Trukikaitis_Postimees, lk 82
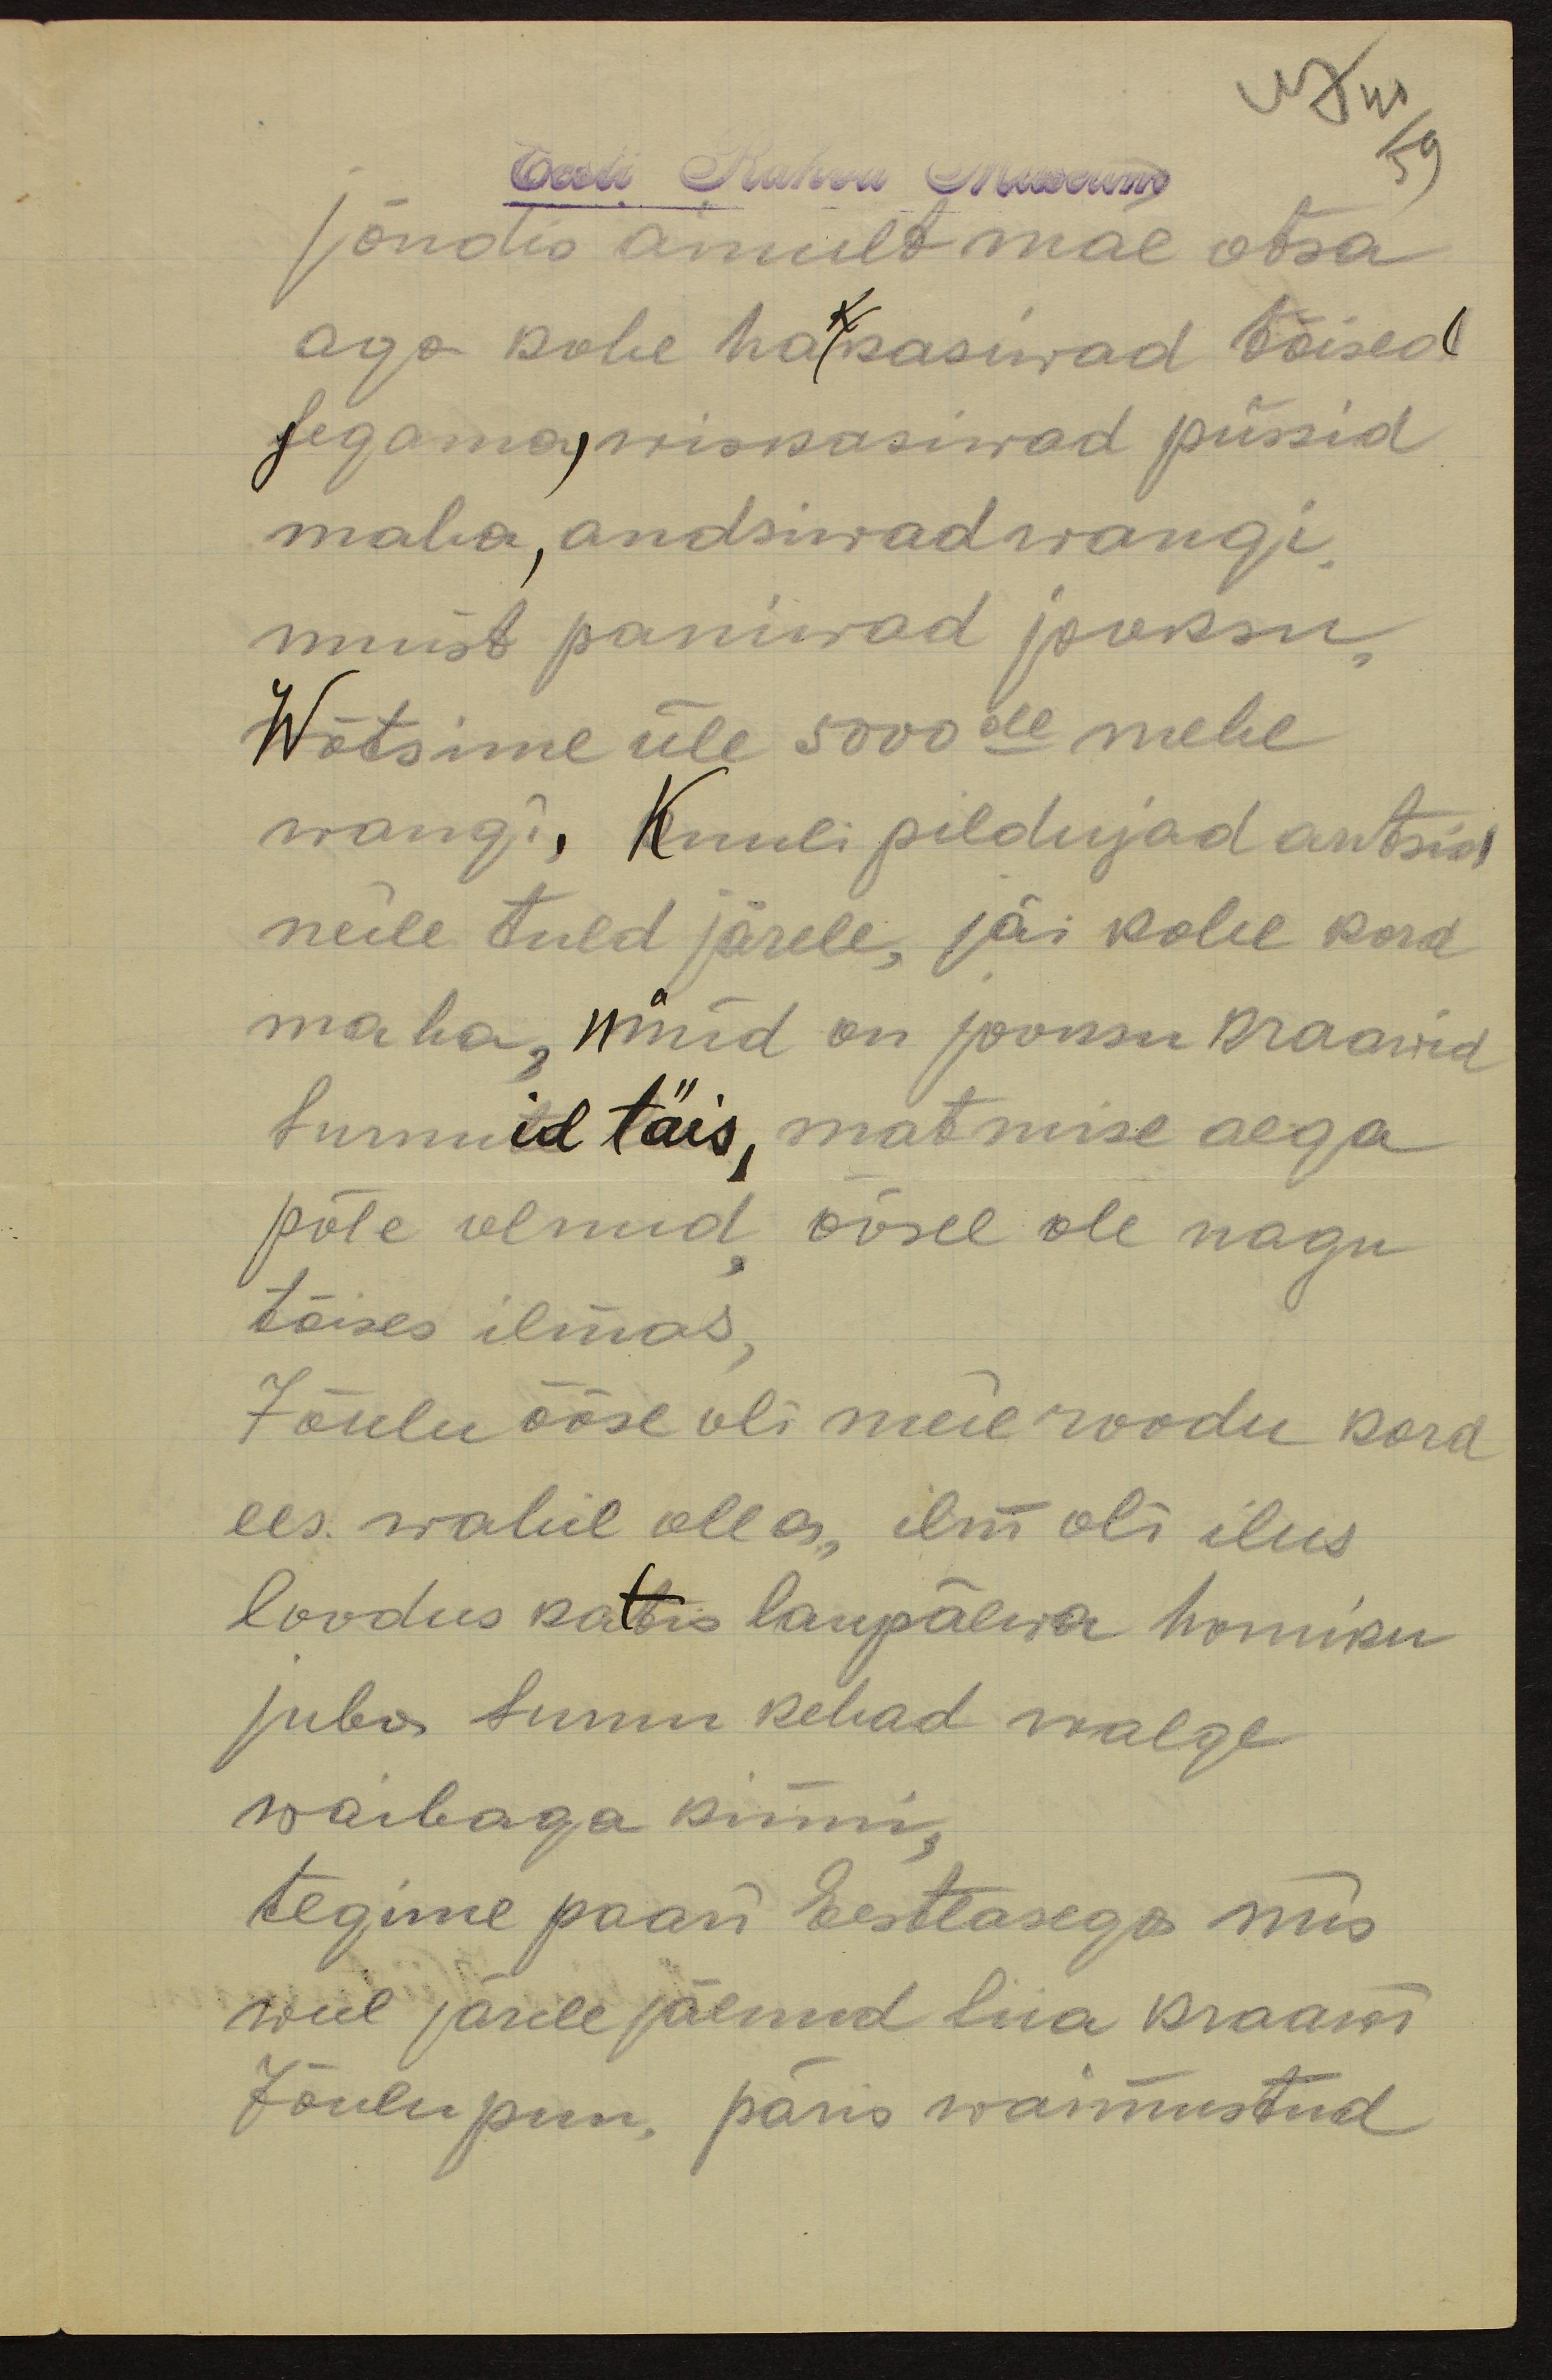
Eesti Rahva Museum
jõudis ainult mäe otsa
aga kohe hakkasiwad tõised
segama, wiskasiwad püssid
maha, andsiwad wangi
muist paniwad jooksu
Wõtsime üle 5000de mehe
wangi. Kuuli pildujad antsid
neile tuld järele, jäi kohe kord
maha, nüüd on jooksu kraawid
surnuid täis, matmise aega
põle olnud, öösel ole nagu
tõises ilmas,
Jõulu ööse oli meie roodu kord
ees. wahil olles, ilm oli ilus
loodus kattis laupäewa homiku
juba surnu kehad walge
waibaga kinni,
tegime paari Eestlasega mis
weel järele jäenud siia kraawi
Jõulupuu, päris waimustud